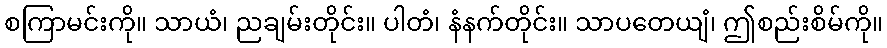
စကြာမင်းကို။ သာယံ၊ ညချမ်းတိုင်း။ ပါတံ၊ နံနက်တိုင်း။ သာပတေယျံ၊ ဤစည်းစိမ်ကို။